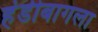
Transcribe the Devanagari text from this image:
हंडीबागला